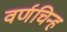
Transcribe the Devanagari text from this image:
वर्णचिन्ह